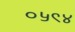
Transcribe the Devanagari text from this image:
०५९४